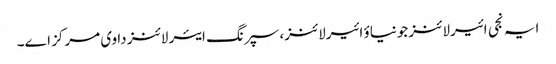
ایہ نجی ائیرلائنز جونیاؤ ائیرلائنز، سپرنگ ایئر لائنز دا وی مرکز ا‏‏ے۔